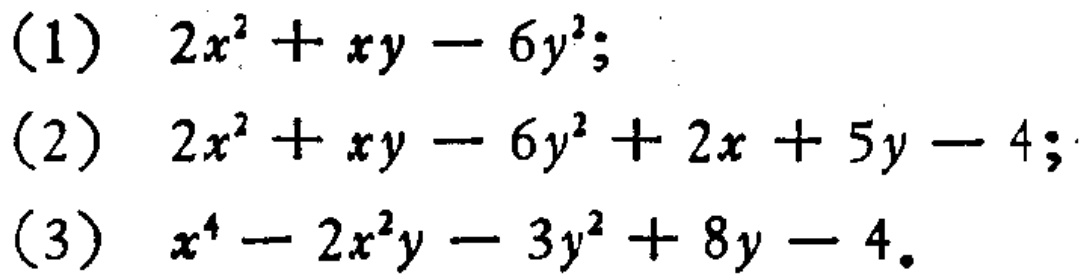
(1) \(2x^{2}+xy - 6y^{2}\);

(2) \(2x^{2}+xy - 6y^{2}+2x + 5y - 4\);

(3) \(x^{4}-2x^{2}y - 3y^{2}+8y - 4\)